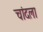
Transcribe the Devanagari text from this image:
चांदला